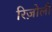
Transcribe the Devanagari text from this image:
रिज़ोली